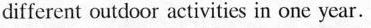
different outdoor activities in one ycar.